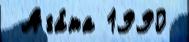
 Ага́та 1990